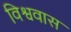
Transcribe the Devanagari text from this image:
विश्ववास